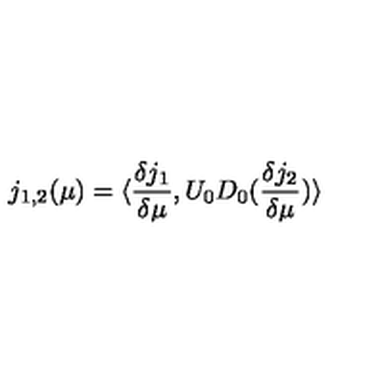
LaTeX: j _ { 1 , 2 } ( \mu ) = \langle \frac { \delta j _ { 1 } } { \delta \mu } , U _ { 0 } D _ { 0 } ( \frac { \delta j _ { 2 } } { \delta \mu } ) \rangle